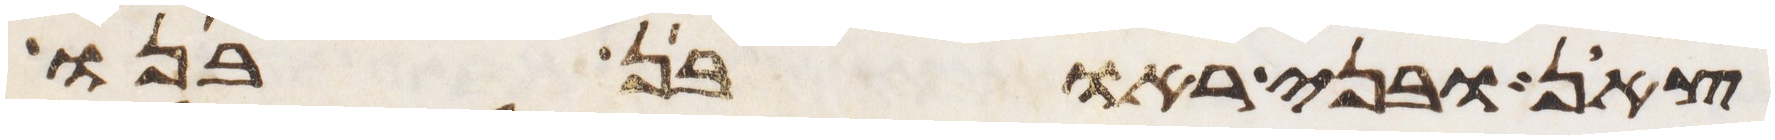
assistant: צאן ובני ראובן בנו